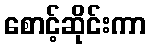
စောင့်ဆိုင်းကာ